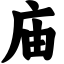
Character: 庙